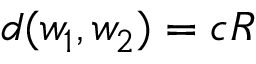
d ( w _ { 1 } , w _ { 2 } ) = c R